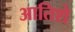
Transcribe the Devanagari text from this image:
आतिशे